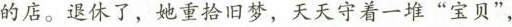
的店。退休了，她重拾旧梦，天天守着一堆“宝贝”，